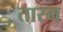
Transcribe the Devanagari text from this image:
तारम